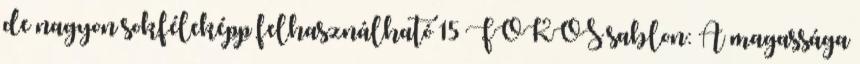
de nagyon sokféleképp felhasználható 15 FOKOS sablon: A magassága